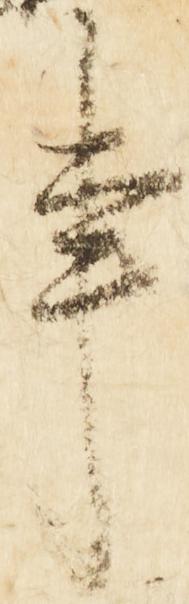
事